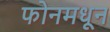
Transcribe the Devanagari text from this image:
फोनमधून